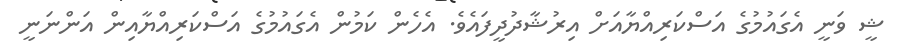
ޝީ ވަނީ އެގައުމުގެ އަސްކަރިއްޔާއަށް އިރުޝާދުދީފައެވެ. އެހެން ކަމުން އެގައުމުގެ އަސްކަރިއްޔާއިން އަންނަނީ